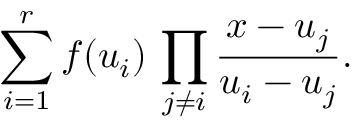
\sum _ { i = 1 } ^ { r } f ( u _ { i } ) \, \prod _ { j \ne i } \frac { x - u _ { j } } { u _ { i } - u _ { j } } .